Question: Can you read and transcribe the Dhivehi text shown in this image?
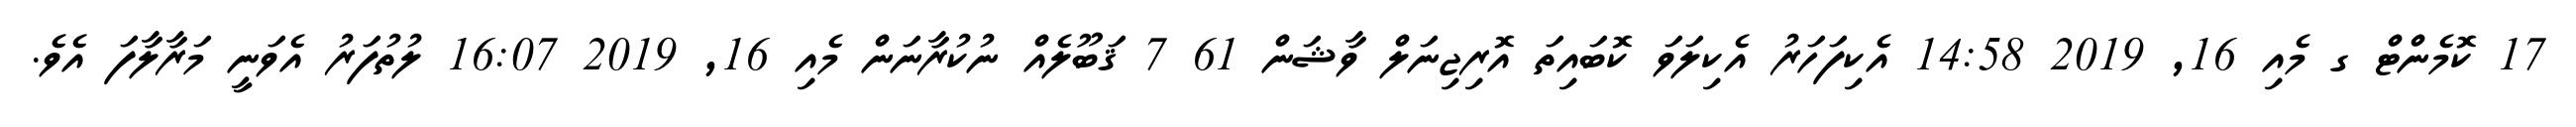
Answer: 17 ކޮމެންޓް ގ މެއި 16, 2019 14:58 އެކިފަހަރު އެކިލަވަ ކޮބައިތަ އޮރިޖިނަލް ވާޝަން 61 7 ޤަބޫލެއް ނުކުރާނަން މެއި 16, 2019 16:07 ލުތުފަރު އެވަނީ މަރާލާފަ އެވެ.